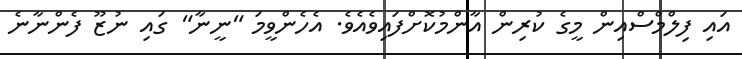
އައި ފިލްމްސްއިން މީގެ ކުރިން އާންމުކޮށްފައިވެއެވެ. އެހެންވީމަ "ނީނާ" ގައި ނުޒޫ ފެންނާނެ